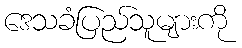
ဒေသခံပြည်သူများကို